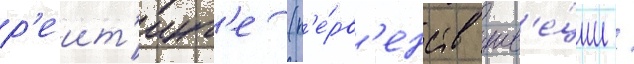
р'еит'инг'е (п'е́рв'енств шв'е́ции /